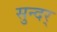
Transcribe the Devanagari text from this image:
सुन्दर्